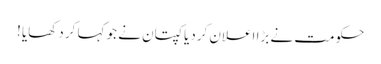
حکومت نے بڑا اعلان کردیا کپتان نے جو کہا کر دکھایا !